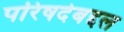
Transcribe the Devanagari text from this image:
परिषदेबद्दल